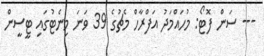
--- ސަން ފޮޓޯ: މުހައްމަދު އަފްރާހް މެޗުގެ 39 ވަނަ މިނެޓުގައި ޓީސީން